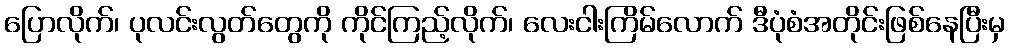
ပြောလိုက်၊ ပုလင်းလွတ်တွေကို ကိုင်ကြည့်လိုက်၊ လေးငါးကြိမ်လောက် ဒီပုံစံအတိုင်းဖြစ်နေပြီးမှ